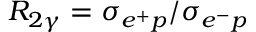
R _ { 2 \gamma } = \sigma _ { e ^ { + } p } / \sigma _ { e ^ { - } p }